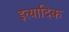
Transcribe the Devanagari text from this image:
इत्यादिक